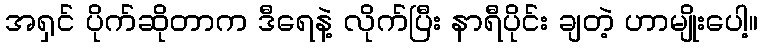
အရှင် ပိုက်ဆိုတာက ဒီရေနဲ့ လိုက်ပြီး နာရီပိုင်း ချတဲ့ ဟာမျိုးပေါ့။